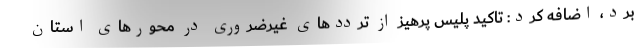
برد، اضافه کرد: تاکید پلیس پرهیز از ترددهای غیرضروری در محورهای استان